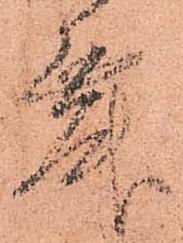
舞